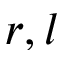
r , l